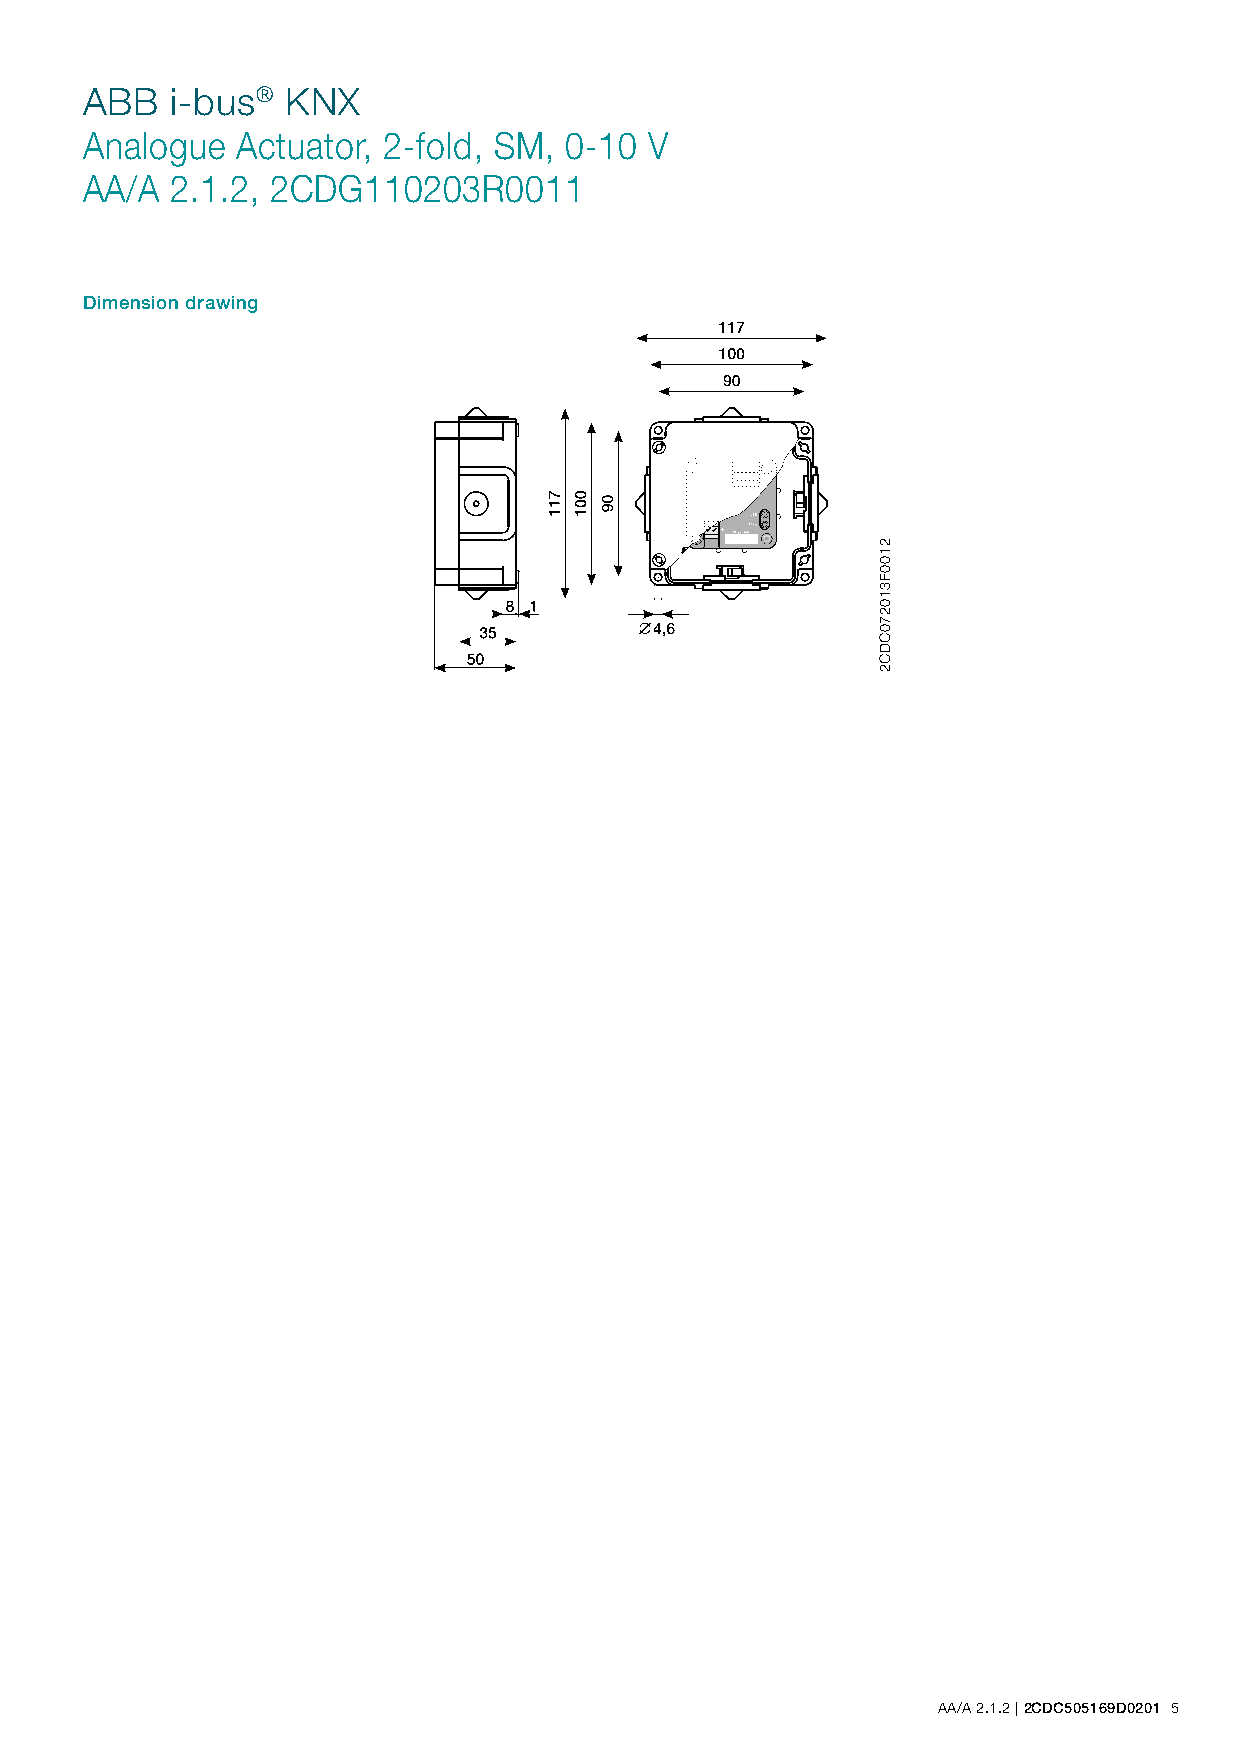
ABB   i-bus®  KNX
 Analogue   Actuator, 2-fold, SM, 0-10 V
 AA/A  2.1.2, 2CDG110203R0011
 Dimension drawing
 AA/A 2.1.2 | 2CDC505169D0201 5
 2100F310270CDC2